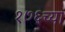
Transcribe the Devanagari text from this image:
१७६च्या